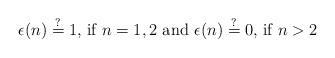
LaTeX: \begin{align*}\epsilon(n)\stackrel{?}{=}1\textrm{, if }n=1,2\textrm{ and } \epsilon(n)\stackrel{?}{=}0\textrm{, if }n>2\end{align*}